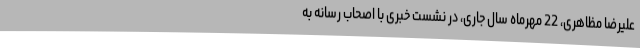
علیرضا مظاهری، 22 مهرماه سال جاری، در نشست خبری با اصحاب رسانه به